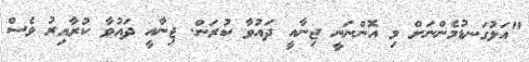
"އަޅުގަނޑުމެންނަށް މި އޮންނަނީ ޖިނާއީ ދައުވާ ކުރަން. ޖިނާއީ ދައުވާ ކުރާއިރު ވެސް